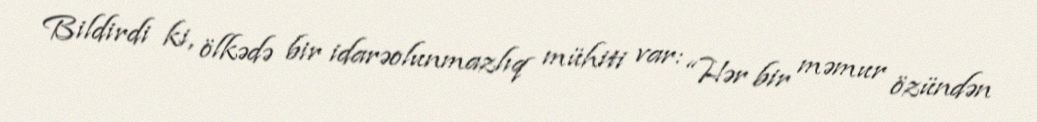
Bildirdi ki, ölkədə bir idarəolunmazlıq mühiti var: “Hər bir məmur özündən